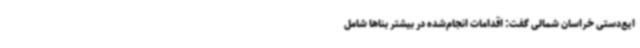
ایع‌دستی خراسان شمالی گفت: اقدامات انجام‌شده در بیشتر بناها شامل